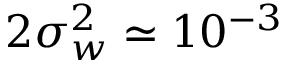
2 \sigma _ { w } ^ { 2 } \simeq 1 0 ^ { - 3 }